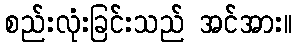
စည်းလုံးခြင်းသည် အင်အား။